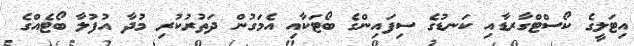
އިޓަލީގެ ކޯސްޓްގާރޑާއި ކަނޑުގެ ސިފައިންގެ ބޯޓަކާއި އެމަގުން ދަތުރުކުރި މުދާ އުފުލާ ބޯޓެއްގެ